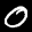
Label: 0